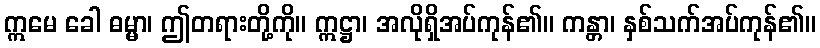
ဣမေ ခေါ ဓမ္မာ၊ ဤတရားတို့ကို။ ဣဋ္ဌာ၊ အလိုရှိအပ်ကုန်၏။ ကန္တာ၊ နှစ်သက်အပ်ကုန်၏။